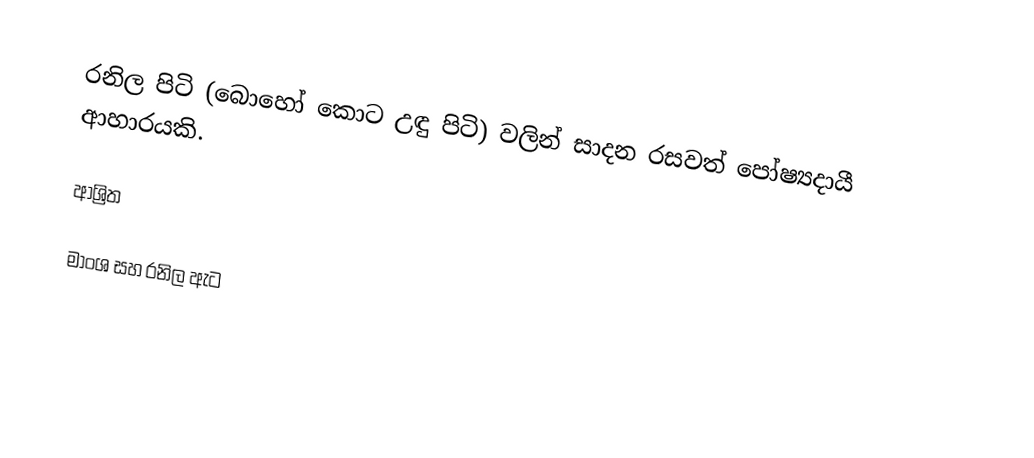
රනිල පිටි (බොහෝ කොට උඳු පිටි) වලින් සාදන රසවත් පෝෂ්‍යදායී ආහාරයකි.

ආශ්‍රිත

මාංශ සහ රනිල ඇට